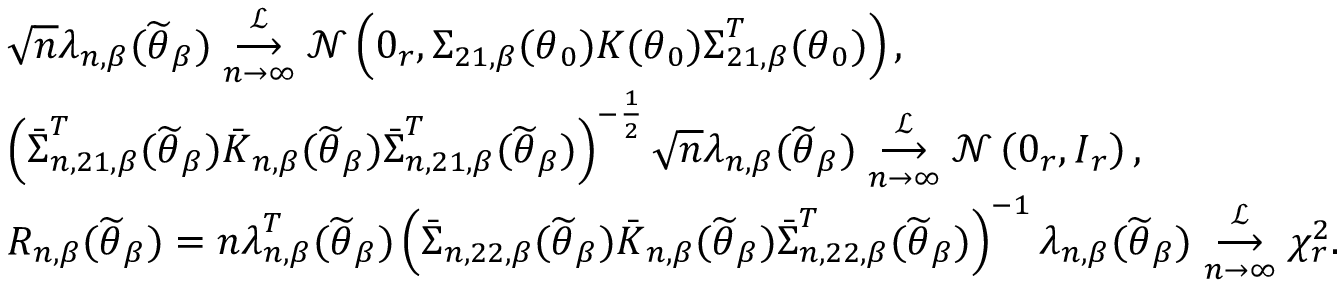
\begin{array} { r l } & { \sqrt { n } \boldsymbol { \lambda } _ { n , \beta } ( \widetilde { \boldsymbol { \theta } } _ { \beta } ) \underset { n \rightarrow \infty } { \overset { \mathcal { L } } { \longrightarrow } } \mathcal { N } \left( \boldsymbol { 0 } _ { r } , \boldsymbol { \Sigma } _ { 2 1 , \beta } ( \boldsymbol { \theta } _ { 0 } ) \boldsymbol { K } ( \boldsymbol { \theta } _ { 0 } ) \boldsymbol { \Sigma } _ { 2 1 , \beta } ^ { T } ( \boldsymbol { \theta } _ { 0 } ) \right) , } \\ & { \left( \boldsymbol { \bar { \Sigma } } _ { n , 2 1 , \beta } ^ { T } ( \widetilde { \boldsymbol { \theta } } _ { \beta } ) \boldsymbol { \bar { K } } _ { n , \beta } ( \widetilde { \boldsymbol { \theta } } _ { \beta } ) \boldsymbol { \bar { \Sigma } } _ { n , 2 1 , \beta } ^ { T } ( \widetilde { \boldsymbol { \theta } } _ { \beta } ) \right) ^ { - \frac { 1 } { 2 } } \sqrt { n } \boldsymbol { \lambda } _ { n , \beta } ( \widetilde { \boldsymbol { \theta } } _ { \beta } ) \underset { n \rightarrow \infty } { \overset { \mathcal { L } } { \longrightarrow } } \mathcal { N } \left( \boldsymbol { 0 } _ { r } , \boldsymbol { I } _ { r } \right) , } \\ & { R _ { n , \beta } ( \widetilde { \boldsymbol { \theta } } _ { \beta } ) = n \boldsymbol { \lambda } _ { n , \beta } ^ { T } ( \widetilde { \boldsymbol { \theta } } _ { \beta } ) \left( \boldsymbol { \bar { \Sigma } } _ { n , 2 2 , \beta } ( \widetilde { \boldsymbol { \theta } } _ { \beta } ) \boldsymbol { \bar { K } } _ { n , \beta } ( \widetilde { \boldsymbol { \theta } } _ { \beta } ) \boldsymbol { \bar { \Sigma } } _ { n , 2 2 , \beta } ^ { T } ( \widetilde { \boldsymbol { \theta } } _ { \beta } ) \right) ^ { - 1 } \boldsymbol { \lambda } _ { n , \beta } ( \widetilde { \boldsymbol { \theta } } _ { \beta } ) \underset { n \rightarrow \infty } { \overset { \mathcal { L } } { \longrightarrow } } \chi _ { r } ^ { 2 } . } \end{array}